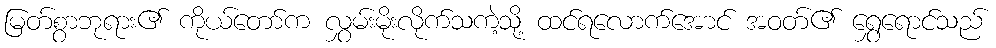
မြတ်စွာဘုရား၏ ကိုယ်တော်က လွှမ်းမိုးလိုက်သကဲ့သို့ ထင်ရလောက်အောင် အဝတ်၏ ရွှေရောင်သည်